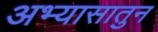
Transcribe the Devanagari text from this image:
अभ्यासातुन